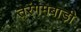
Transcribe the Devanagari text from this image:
तरंगमबाड़ी